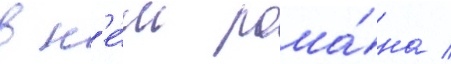
в н'е́м рома́на /